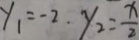
y _ { 1 } = - 2 . y _ { 2 } = \frac { x } { 2 }